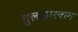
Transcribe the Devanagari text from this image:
गुलजा़रबाग